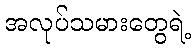
အလုပ်သမားတွေရဲ့